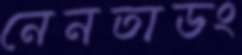
নেনতাডং